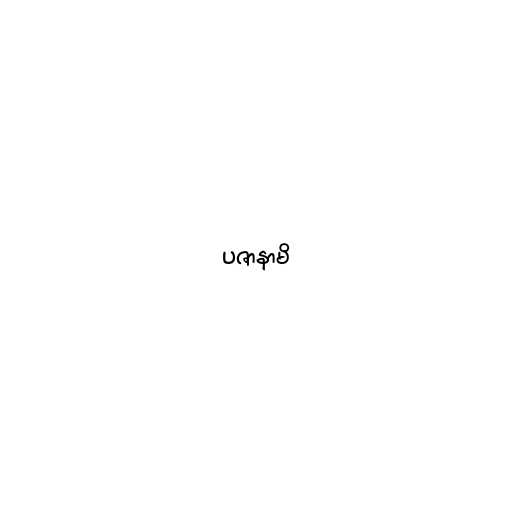
ပဇာနာမိ